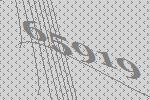
65919